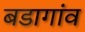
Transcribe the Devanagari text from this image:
बडागांव